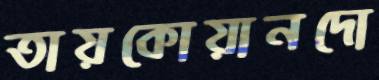
তায়কোয়ানদো